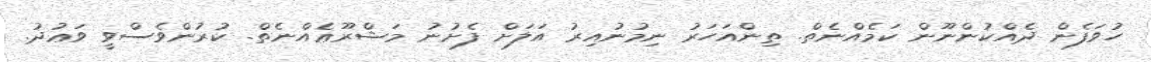
ހުވަފެން ދެއްކުންނޫން ކަމެއްނެތް. ތިންއަހަރު ނިމުނުއިރު އަލަށް ފެށުނު މަޝްރޫޢެއްނެތް. ކުރުންވެސްވީ ވަޢުދު.